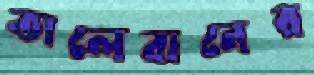
তালেবানের